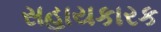
સહાયકારક